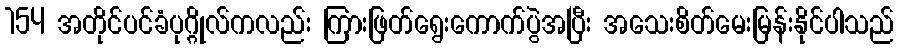
154 အတိုင်ပင်ခံပုဂ္ဂိုလ်ကလည်း ကြားဖြတ်ရွေးကောက်ပွဲအပြီး အသေးစိတ်မေးမြန်းနိုင်ပါသည်